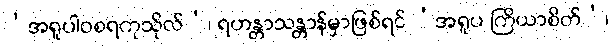
‘အရူပါဝစရကုသိုလ်’၊ ရဟန္တာသန္တာန်မှာဖြစ်ရင် ‘အရူပ ကြိယာစိတ်’၊